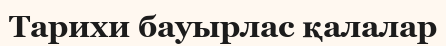
Тарихи бауырлас қалалар